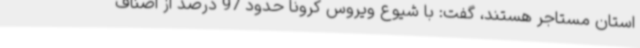
استان مستاجر هستند، گفت: با شیوع ویروس کرونا حدود 97 درصد از اصناف